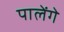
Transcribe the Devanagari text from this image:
पालेंगे